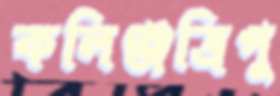
কলিঞ্জত্রিপু